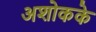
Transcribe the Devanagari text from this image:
अशोकके